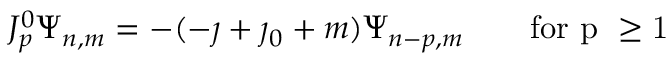
J _ { p } ^ { 0 } \Psi _ { n , m } = - ( - \jmath + \jmath _ { 0 } + m ) \Psi _ { n - p , m } \qquad \mathrm { f o r ~ p ~ \geq 1 ~ }